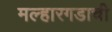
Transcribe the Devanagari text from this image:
मल्हारगडाची